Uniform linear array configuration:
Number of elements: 8
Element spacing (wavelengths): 1
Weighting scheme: exponential
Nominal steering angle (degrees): -15
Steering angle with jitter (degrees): -15.761
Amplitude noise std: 0.05
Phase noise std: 0.05

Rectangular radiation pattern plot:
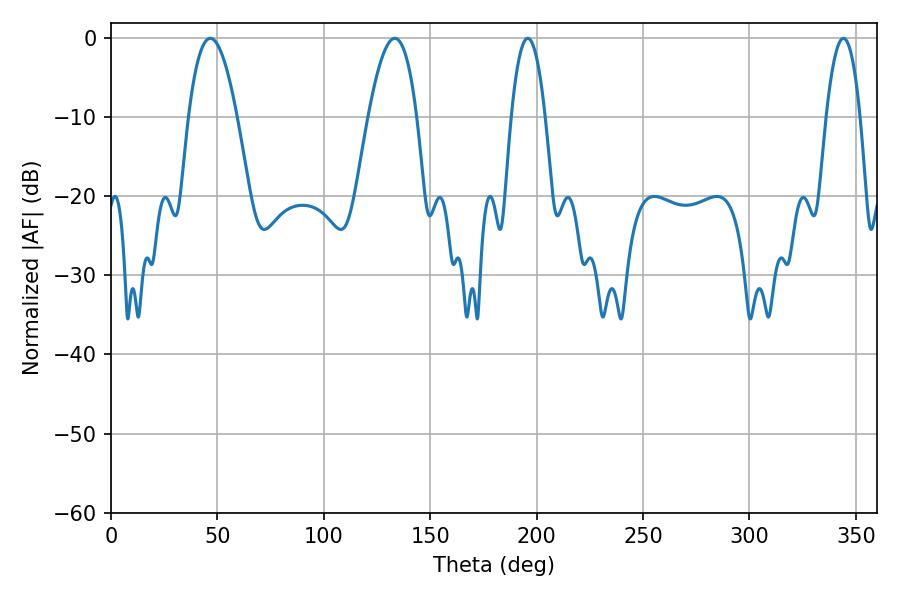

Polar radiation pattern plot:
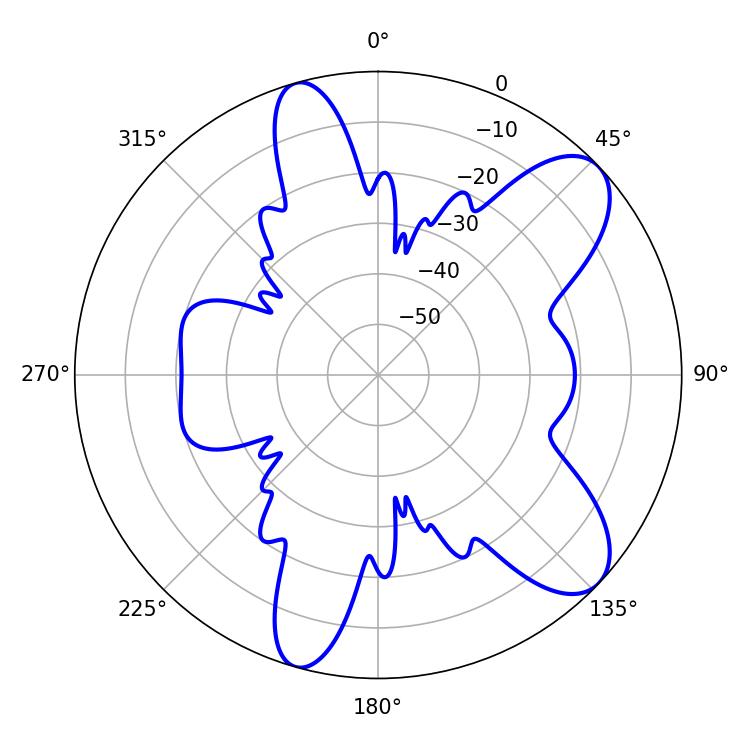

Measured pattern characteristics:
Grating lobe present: TRUE
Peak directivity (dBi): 9.014
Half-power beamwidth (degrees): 8.82
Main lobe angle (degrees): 195.84